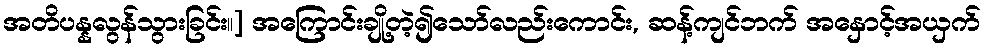
အတိပန္နလွန်သွားခြင်း။] အကြောင်းချို့တဲ့၍သော်လည်းကောင်း, ဆန့်ကျင်ဘက် အနှောင့်အယှက်